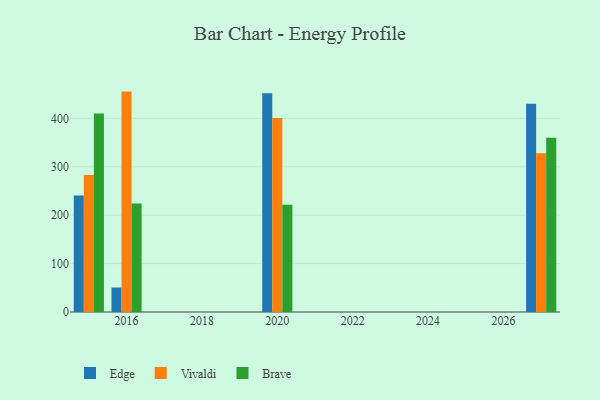
{"axis": {"x": "Year", "y": "Operating Costs (USD K)"}, "legend": ["Brave", "Edge", "Vivaldi"], "data": [{"x": "2016", "y": 50.6, "type": "Edge"}, {"x": "2016", "y": 455.4, "type": "Vivaldi"}, {"x": "2016", "y": 224.3, "type": "Brave"}, {"x": "2027", "y": 430.3, "type": "Edge"}, {"x": "2027", "y": 327.8, "type": "Vivaldi"}, {"x": "2027", "y": 359.9, "type": "Brave"}, {"x": "2015", "y": 240.8, "type": "Edge"}, {"x": "2015", "y": 283.3, "type": "Vivaldi"}, {"x": "2015", "y": 410.2, "type": "Brave"}, {"x": "2020", "y": 452.1, "type": "Edge"}, {"x": "2020", "y": 400.7, "type": "Vivaldi"}, {"x": "2020", "y": 221.4, "type": "Brave"}]}